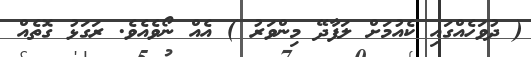
( ދުވަހެއްގައި ކެއުމަށް ލަފާދޭ މިންވަރު ) އެއް ނޯވެއެވެ. ރަގަޅު ގޮތެއް